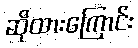
ဆိုထားကြောင်း